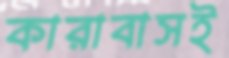
কারাবাসই